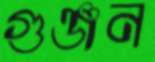
গুঞ্জন